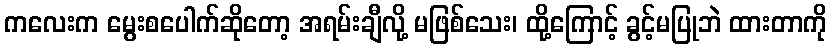
ကလေးက မွေးစပေါက်ဆိုတော့ အရမ်းချီလို့ မဖြစ်သေး၊ ထို့ကြောင့် ခွင့်မပြုဘဲ ထားတာကို